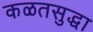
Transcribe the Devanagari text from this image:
कळतसुद्धा